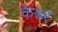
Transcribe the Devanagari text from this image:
केश्वर